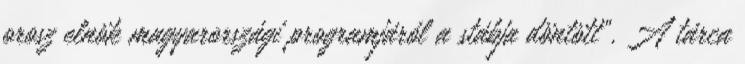
orosz elnök magyarországi programjáról a stábja döntött". A tárca